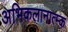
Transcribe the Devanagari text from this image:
अभिकलानात्म्क